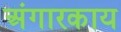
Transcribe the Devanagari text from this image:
अंगारकाय